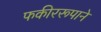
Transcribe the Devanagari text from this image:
फकीररूपाने